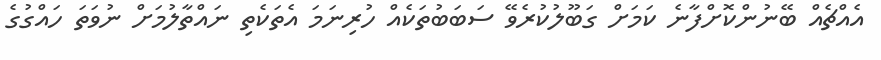
އެއްޗެއް ބޭނުންކޮށްފާނެ ކަމަށް ގަބޫލުކުރެވޭ ސަބަބުތަކެއް ހުރިނަމަ އެތަކެތި ނައްތާލުމަށް ނުވަތަ ހައްގުގެ